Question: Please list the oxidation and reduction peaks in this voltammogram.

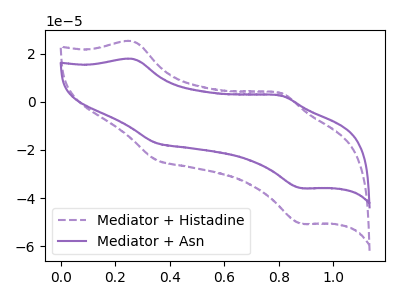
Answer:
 <answer>The purple dashed curve "Mediator + Histadine" has anodic peaks at (0.25V, 25.10uA) (0.80V, 3.75uA) and cathodic peaks at (0.35V, -24.05uA) (0.90V, -50.60uA). The purple curve "Mediator + Asn" has anodic peaks at (0.25V, 17.80uA) (0.80V, 2.65uA) and cathodic peaks at (0.35V, -17.05uA) (0.90V, -35.85uA).</answer>
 <eval></eval>